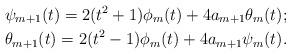
LaTeX: \begin{align*}\psi_{m+1}(t) = 2(t^2+1)\phi_m(t)+4 a_{m+1} \theta_m(t); \\\theta_{m+1}(t)=2(t^2-1)\phi_m(t)+4 a_{m+1} \psi_m(t).\end{align*}